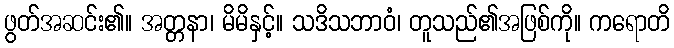
ဖွတ်အဆင်း၏။ အတ္တနာ၊ မိမိနှင့်။ သဒိသဘာဝံ၊ တူသည်၏အဖြစ်ကို။ ကရောတိ